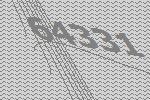
64331